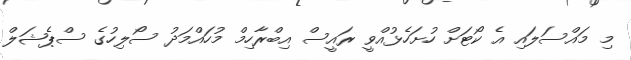
މި މައްސަލައި އެ ކޯޓަށް ހުށަހެޅުއްވީ ރައީސް އިބްރާހިމް މުހައްމަދު ސޯލިހުގެ ސްޕެޝަލް